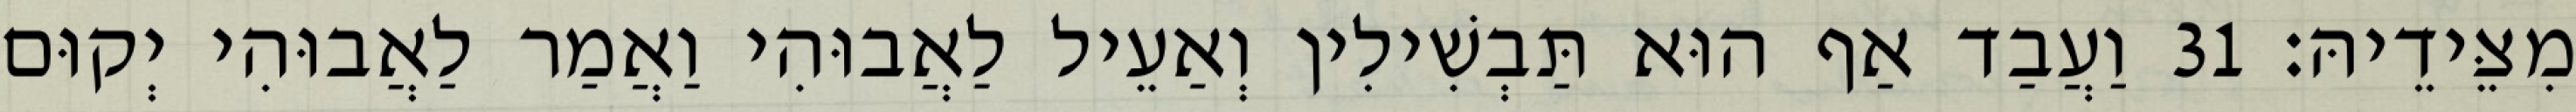
מִצֵּידֵיהּ׃ 31 וַעֲבַד אַף הוּא תַּבְשִׁילִין וְאַעֵיל לַאֲבוּהִי וַאֲמַר לַאֲבוּהִי יְקוּם